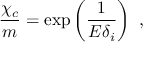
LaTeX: \frac { \chi _ { c } } { m } = \exp \left( \frac { 1 } { E \delta _ { i } } \right) ~ ,